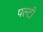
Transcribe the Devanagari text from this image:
पल्टी